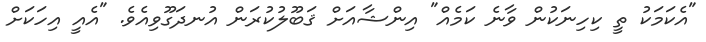
"އެކަމަކު ތީ ކިހިނަކުން ވާނެ ކަމެއް" އިންޝާއަށް ޤަބޫލުކުރަން އުނދަގޫވިއެވެ. "އެއީ އިހަކަށް